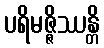
ပရိမဇ္ဇိဿန္တိ